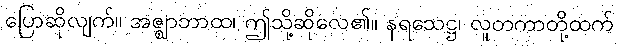
ပြောဆိုလျက်။ အဇ္ဈာဘာထ၊ ဤသို့ဆိုလေ၏။ နရသေဋ္ဌ၊ လူတကာတို့ထက်